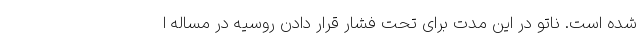
شده است. ناتو در این مدت برای تحت فشار قرار دادن روسیه در مساله ا